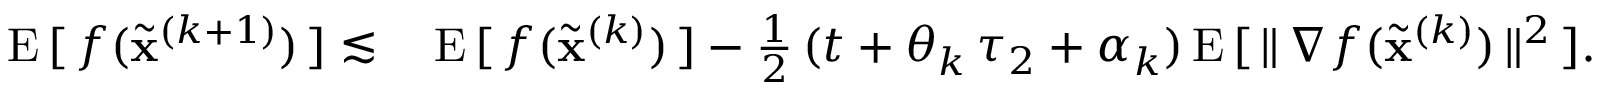
\begin{array} { r l } { \mathrm { E } \, [ \, f ( \widetilde \mathbf { x } ^ { ( k + 1 ) } ) \, ] \lesssim \, } & { \mathrm { E } \, [ \, f ( \widetilde \mathbf { x } ^ { ( k ) } ) \, ] - \frac { 1 } { 2 } \, ( t + \theta _ { k } \, \tau _ { 2 } + \alpha _ { k } ) \, \mathrm { E } \, [ \, \Vert \, \nabla f ( \widetilde \mathbf { x } ^ { ( k ) } ) \, \Vert ^ { 2 } \, ] . } \end{array}